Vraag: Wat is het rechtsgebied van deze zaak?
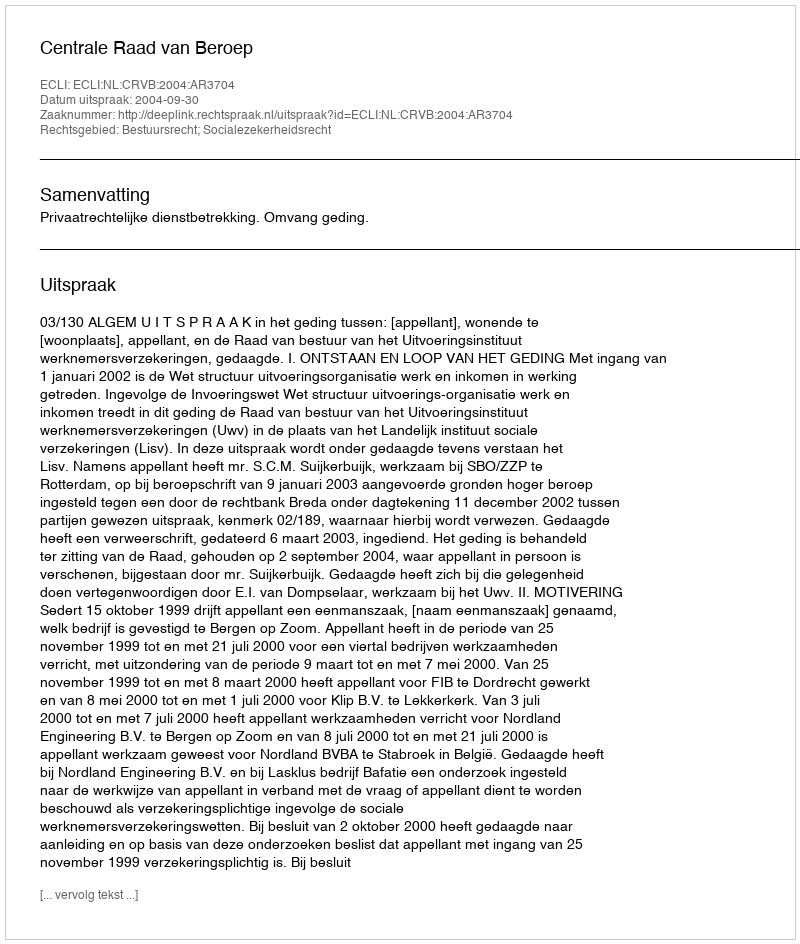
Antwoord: Bestuursrecht; Socialezekerheidsrecht